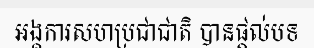
អង្គការសហប្រជាជាតិ បានផ្តល់បទ